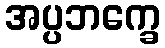
အပ္ပဘက္ခေ